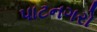
પાટનગરો